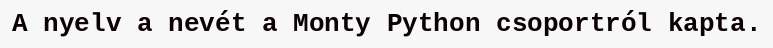
A nyelv a nevét a Monty Python csoportról kapta.